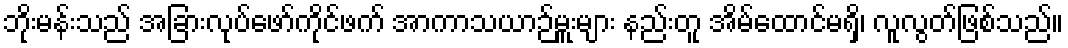
ဘိုးမန်းသည် အခြားလုပ်ဖော်ကိုင်ဖက် အာကာသယာဉ်မှူးများ နည်းတူ အိမ်ထောင်မရှိ၊ လူလွတ်ဖြစ်သည်။